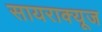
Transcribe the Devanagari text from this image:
सायराक्यूज